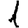
Digit: 1